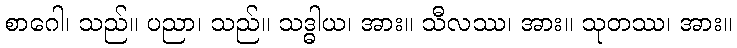
စာဂေါ၊ သည်။ ပညာ၊ သည်။ သဒ္ဓါယ၊ အား။ သီလဿ၊ အား။ သုတဿ၊ အား။